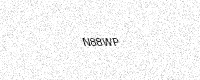
Text: N88WP